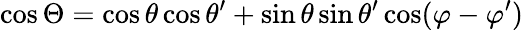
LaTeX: \cos\Theta=\cos\theta\cos\theta^{\prime}+\sin\theta\sin\theta^{\prime}\cos(\varphi-\varphi^{\prime})